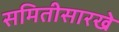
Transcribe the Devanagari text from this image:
समितीसारखे